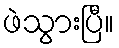
ဖဲသွားပြီ။